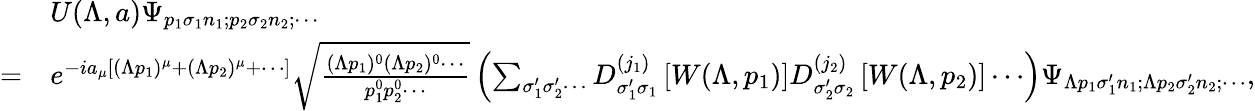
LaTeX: {\begin{array}{rl}&{U(\Lambda,a)\Psi_{p_{1}\sigma_{1}n_{1};p_{2}\sigma_{2}n_{2};\cdots}}\\ {=}&{e^{-ia_{\mu}\left[(\Lambda p_{1})^{\mu}+(\Lambda p_{2})^{\mu}+\cdots\right]}{\sqrt{\frac{(\Lambda p_{1})^{0}(\Lambda p_{2})^{0}\cdots}{p_{1}^{0}p_{2}^{0}\cdots}}}\left(\sum_{\sigma_{1}^{\prime}\sigma_{2}^{\prime}\cdots}D_{\sigma_{1}^{\prime}\sigma_{1}}^{(j_{1})}\left[W(\Lambda,p_{1})\right]D_{\sigma_{2}^{\prime}\sigma_{2}}^{(j_{2})}\left[W(\Lambda,p_{2})\right]\cdots\right)\Psi_{\Lambda p_{1}\sigma_{1}^{\prime}n_{1};\Lambda p_{2}\sigma_{2}^{\prime}n_{2};\cdots},}\end{array}}